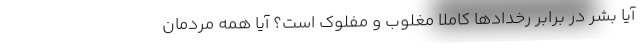
آیا بشر در برابر رخدادها کاملاً مغلوب و مفلوک است؟ آیا همه مردمان